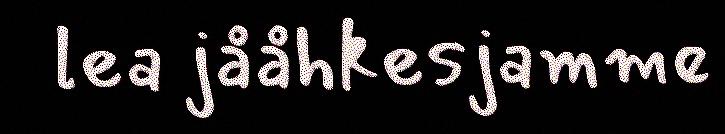
lea jååhkesjamme